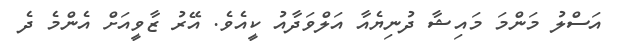
އަސްލު މަންމަ މައިޝާ ދުނިޔެއާ އަލްވަދާއު ކީއެވެ. އޭރު ޒާވީއަށް އެންމެ ދެ